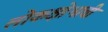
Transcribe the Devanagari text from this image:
लोकक्षोभाची